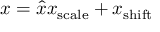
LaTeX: x = { \hat { x } } x _ { \mathrm { s c a l e } } + x _ { \mathrm { s h i f t } }